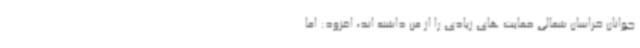
جوانان خراسان شمالی حمایت های زیادی را از من داشته اند، افزود: اما